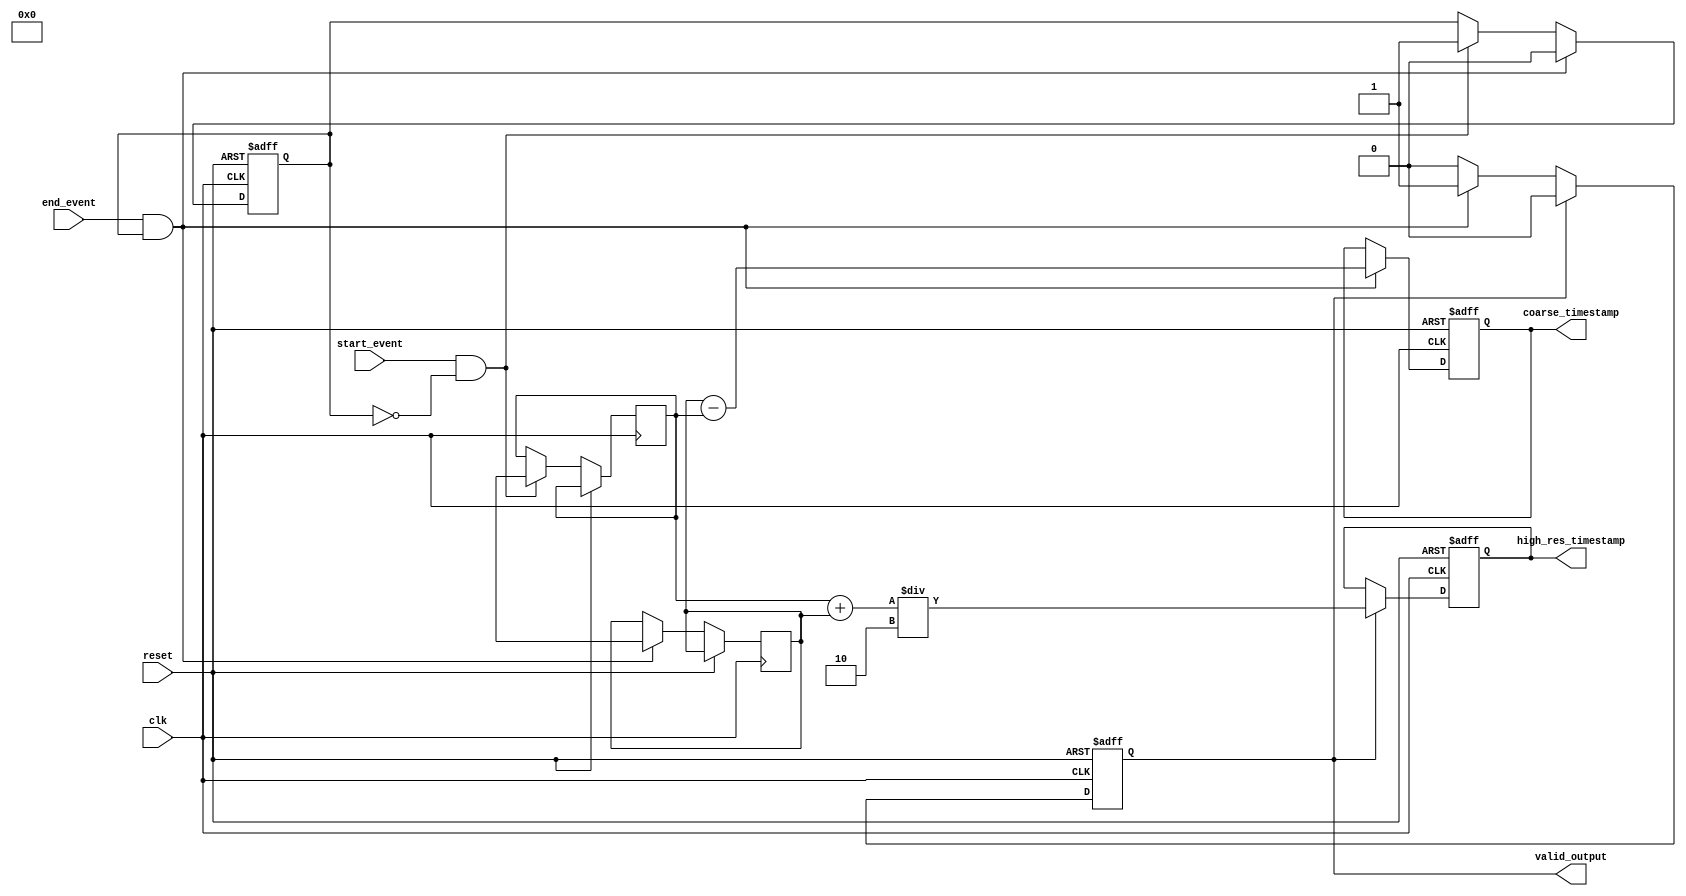
module MemoryBlocksResolutionImprovementTDC (
    input wire clk,
    input wire reset,
    input wire start_event,
    input wire end_event,
    output reg [31:0] coarse_timestamp,
    output reg [31:0] high_res_timestamp,
    output reg valid_output
);

    // Parameters
    parameter MEMORY_SIZE = 16; // Number of memory blocks
    parameter INTERPOLATION_STAGES = 4; // Number of interpolation stages

    // Memory blocks for storing timestamps
    reg [31:0] memory_blocks [0:MEMORY_SIZE-1];
    reg [31:0] start_time, end_time;
    reg [3:0] mem_index;
    reg capturing;

    // Control logic
    always @(posedge clk or posedge reset) begin
        if (reset) begin
            coarse_timestamp <= 0;
            high_res_timestamp <= 0;
            valid_output <= 0;
            mem_index <= 0;
            capturing <= 0;
        end else begin
            if (start_event && !capturing) begin
                start_time <= $time; // Capture start time
                capturing <= 1;
            end
            
            if (end_event && capturing) begin
                end_time <= $time; // Capture end time
                coarse_timestamp <= end_time - start_time; // Coarse timestamp
                memory_blocks[mem_index] <= end_time; // Store in memory
                mem_index <= (mem_index + 1) % MEMORY_SIZE; // Circular buffer
                capturing <= 0;
                valid_output <= 1; // Indicate valid output
            end
            
            if (valid_output) begin
                // Interpolation logic (simple linear interpolation for demonstration)
                high_res_timestamp <= (start_time + end_time) / 2; // Simple average for high-res timestamp
                valid_output <= 0; // Reset valid output
            end
        end
    end

endmodule